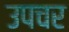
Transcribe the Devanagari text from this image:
उपचर